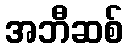
အဘီဆစ်